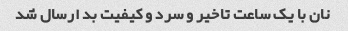
نان با یک ساعت تاخیر و سرد و کیفیت بد ارسال شد